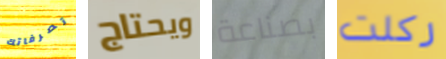
تصرفاتك ويحتاج بصناعة ركلت